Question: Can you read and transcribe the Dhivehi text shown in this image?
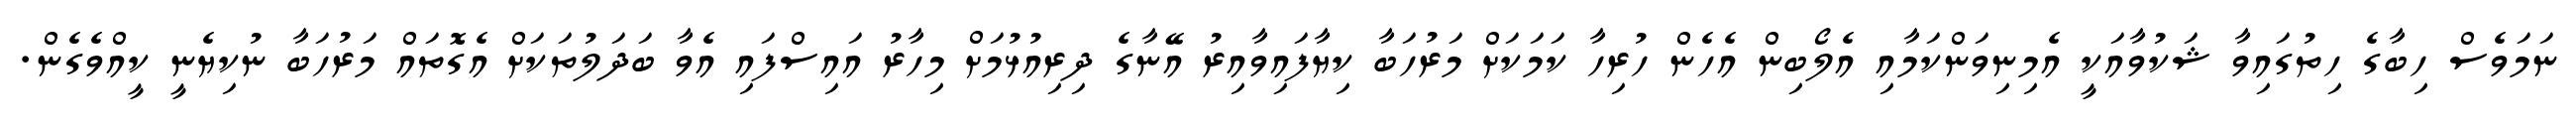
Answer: ނަމަވެސް ހިބާގެ ހިތުގައިވާ ޝަކުވާއަކީ އެމިނިވަންކަމާއި އެލޯބިން އެހެން ހުރިހާ ކަމަކަށް މަރުހަބާ ކިޔާފައިވާއިރު އޭނާގެ ދިރިއުޅުމަށް މިހާރު އައިސްފައި އެވާ ބަދަލުތަކަށް އެގޮތައް މަރުހަބާ ނުކިޔެނީ ކީއްވެގެން.